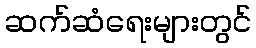
ဆက်ဆံရေးများတွင်